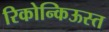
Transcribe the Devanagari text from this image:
रिकोन्किऊस्त